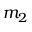
\boldsymbol { m _ { 2 } }